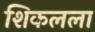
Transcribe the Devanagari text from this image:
शिकलला